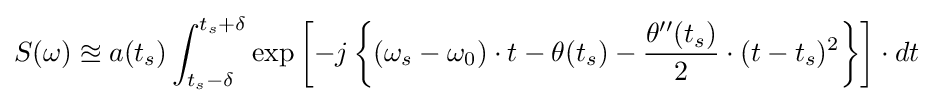
S(\omega )\approxeq a(t_{s})\int _{t_{s}-\delta }^{t_{s}+\delta }\exp \left[-j\left\{(\omega _{s}-\omega _{0})\cdot t-\theta (t_{s})-{\frac {\theta ''(t_{s})}{2}}\cdot (t-t_{s})^{2}\right\}\right]\cdot dt